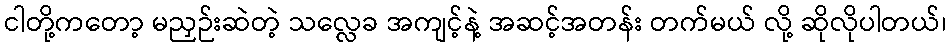
ငါတို့ကတော့ မညှဉ်းဆဲတဲ့ သလ္လေခ အကျင့်နဲ့ အဆင့်အတန်း တက်မယ် လို့ ဆိုလိုပါတယ်၊